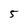
Character: 5